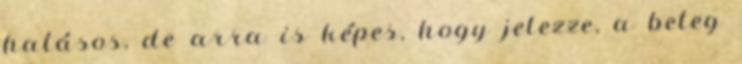
hatásos, de arra is képes, hogy jelezze, a beteg